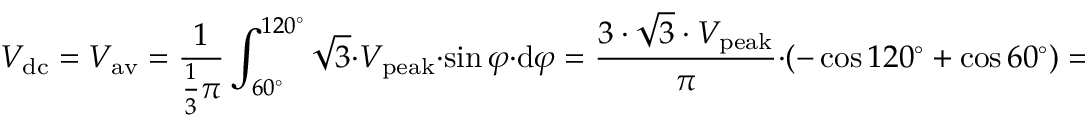
V _ { \mathrm { d c } } = V _ { \mathrm { a v } } = { \frac { 1 } { { \frac { 1 } { 3 } } \pi } } \int _ { 6 0 ^ { \circ } } ^ { 1 2 0 ^ { \circ } } { \sqrt { 3 } } \cdot V _ { \mathrm { p e a k } } \cdot \sin \varphi \cdot \mathrm { d } \varphi = { \frac { 3 \cdot { \sqrt { 3 } } \cdot V _ { \mathrm { p e a k } } } { \pi } } \cdot \left( - \cos 1 2 0 ^ { \circ } + \cos 6 0 ^ { \circ } \right) = { \frac { 3 \cdot { \sqrt { 3 } } \cdot V _ { \mathrm { p e a k } } } { \pi } } \cdot { \Biggl [ } - \left( - { \frac { 1 } { 2 } } \right) + { \frac { 1 } { 2 } } { \Biggl ] } = { \frac { 3 \cdot { \sqrt { 3 } } \cdot V _ { \mathrm { p e a k } } } { \pi } }